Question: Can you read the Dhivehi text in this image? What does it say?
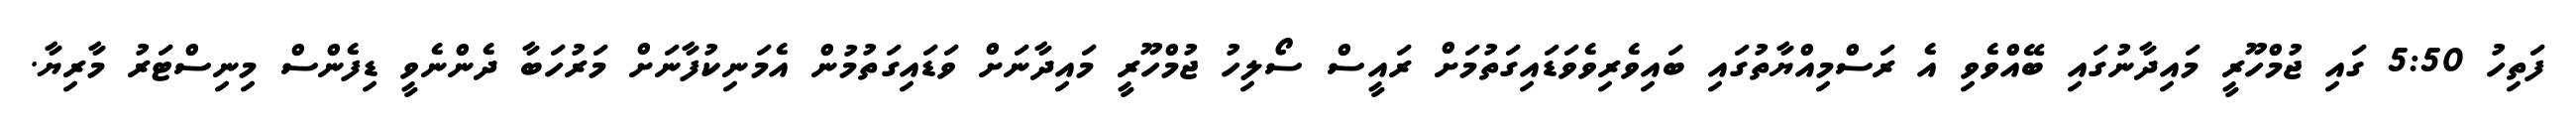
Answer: ފަތިހު 5:50 ގައި ޖުމްހޫރީ މައިދާނުގައި ބޭއްވެވި އެ ރަސްމިއްޔާތުގައި ބައިވެރިވެވަޑައިގަތުމަށް ރައީސް ސޯލިހު ޖުމްހޫރީ މައިދާނަށް ވަޑައިގަތުމުން އެމަނިކުފާނަށް މަރުހަބާ ދެންނެވީ ޑިފެންސް މިނިސްޓަރު މާރިޔާ.